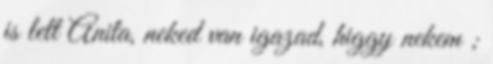
is lett Anita, neked van igazad, higgy nekem ;